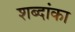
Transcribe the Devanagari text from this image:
शब्दांका